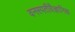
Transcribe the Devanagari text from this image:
वनस्पतीवैज्ञानिक